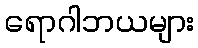
ရောဂါဘယများ